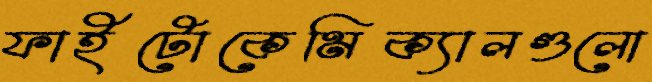
ফাইটোকেমিক্যালগুলো